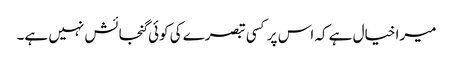
میرا خیال ہے کہ اس پر کسی تبصرے کی کوئی گنجائش نہیں ہے۔